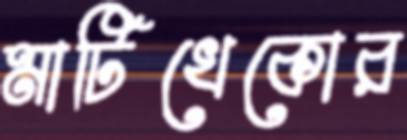
মাটিখেকোর